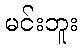
မင်းဘူး